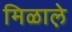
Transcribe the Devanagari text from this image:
मिळाले़